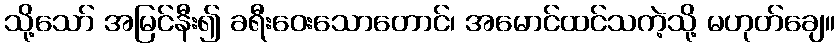
သို့သော် အမြင်နီး၍ ခရီးဝေးသောတောင်၊ အမောင်ထင်သကဲ့သို့ မဟုတ်ချေ။